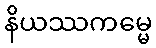
နိယဿကမ္မေ